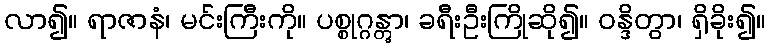
လာ၍။ ရာဇာနံ၊ မင်းကြီးကို။ ပစ္စုဂ္ဂန္တွာ၊ ခရီးဦးကြိုဆို၍။ ဝန္ဒိတွာ၊ ရှိခိုး၍။